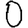
Digit: 0